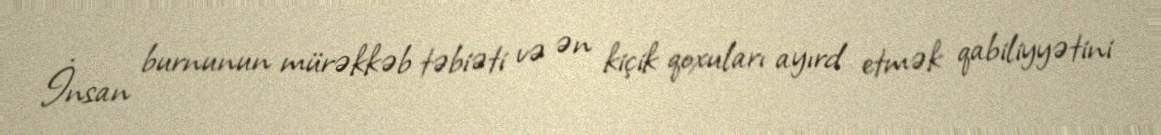
İnsan burnunun mürəkkəb təbiəti və ən kiçik qoxuları ayırd etmək qabiliyyətini